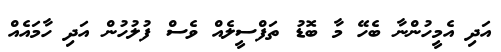
އަދި އެމީހުންނާ ބެހޭ މާ ބޮޑު ތަފްސީލެއް ވެސް ފުލުހުން އަދި ހާމައެއް